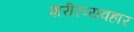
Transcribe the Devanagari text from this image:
शरीरव्यवहार